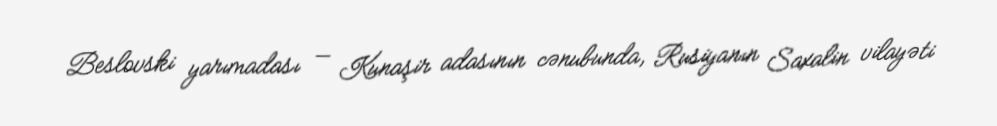
Beslovski yarımadası — Kunaşir adasının cənubunda, Rusiyanın Saxalin vilayəti